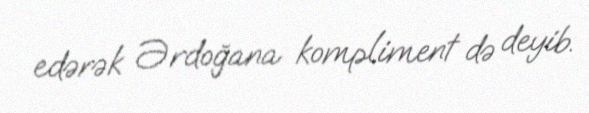
edərək Ərdoğana kompliment də deyib.